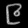
Digit: ၉